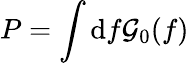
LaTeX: P=\int\mathrm{d}f\mathcal{G}_{0}(f)